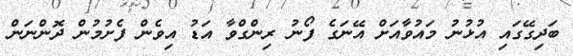
ބަދިގޭގައި އުޅުނު މައުވާއަށް އޭނަގެ ފޯނު ރިންގްވާ އަޑު އިވެން ފެށުމުން ދޮންނަން